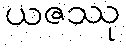
ယဇဿု